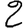
Digit: 2